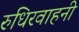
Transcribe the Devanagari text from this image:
रुधिरवाहनी